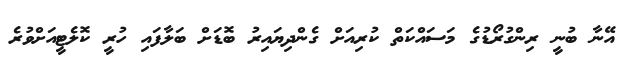
އޭނާ ބުނީ ރިންގުރޯޑުގެ މަސައްކަތް ކުރިއަށް ގެންދިޔައިރު ބޮޑަށް ބަލާފައި ހުރީ ކޮލެޓީއަށްވުރެ